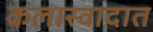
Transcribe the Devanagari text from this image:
कलास्वादात